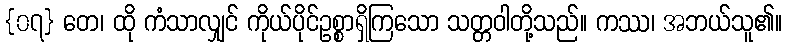
{၀၇} တေ၊ ထို ကံသာလျှင် ကိုယ်ပိုင်ဥစ္စာရှိကြသော သတ္တဝါတို့သည်။ ကဿ၊ အဘယ်သူ၏။